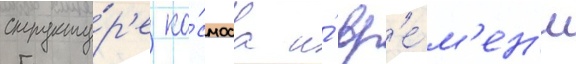
структу́р'е ко́смоса и́ вр'е́м'ен'и